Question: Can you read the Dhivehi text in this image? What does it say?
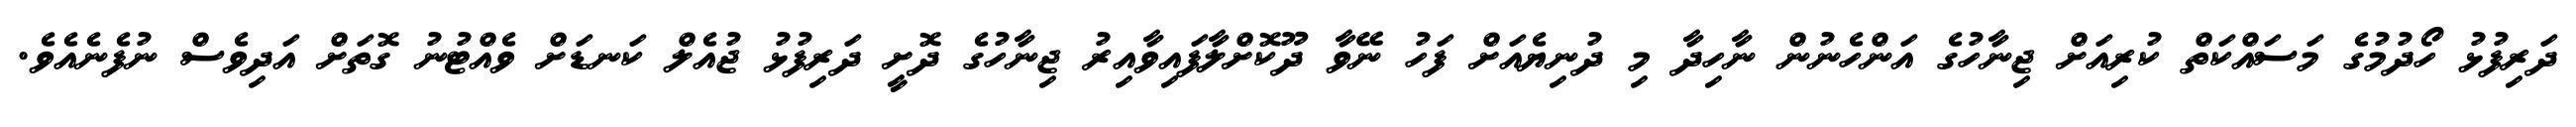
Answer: ދަރިފުޅު ހޯދުމުގެ މަސައްކަތް ކުރިއަށް ޖިނާހުގެ އަންހެނުން ނާހިދާ މި ދުނިޔެއަށް ފަހު ނޭވާ ދޫކޮށްލާފައިވާއިރު ޖިނާހުގެ ދޮށީ ދަރިފުޅު ޖުއެލް ކަނޑަށް ވެއްޓުނު ގޮތަށް އަދިވެސް ނުފެނެއެވެ.